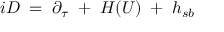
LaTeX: i D \; = \; \partial _ { \tau } \; + \; H ( U ) \; + \; h _ { s b }